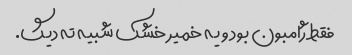
فقط ژامبون بود و یه خمیر خشک شبیه ته دیگ.